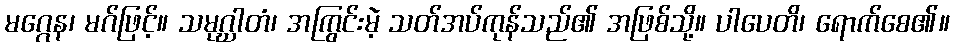
မဂ္ဂေန၊ မဂ်ဖြင့်။ သမုဂ္ဃါတံ၊ အကြွင်းမဲ့ သတ်အပ်ကုန်သည်၏ အဖြစ်သို့။ ပါပေတိ၊ ရောက်စေ၏။